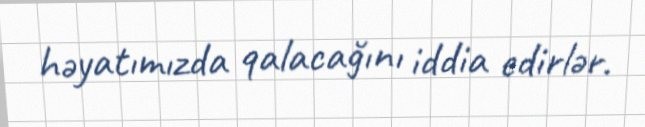
həyatımızda qalacağını iddia edirlər.